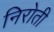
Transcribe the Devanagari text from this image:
निरोती